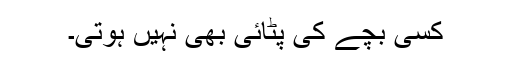
کسی بچے کی پٹائی بھی نہیں ہوتی۔